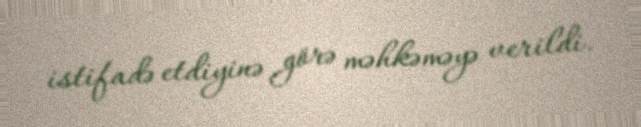
istifadə etdiyinə görə məhkəməyə verildi.